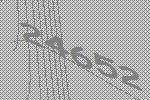
24652